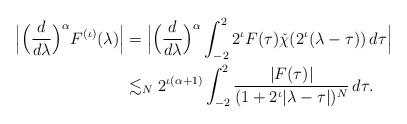
LaTeX: \begin{align*}\Big|\Big(\frac{d}{d\lambda}\Big)^\alpha F^{(\iota)} (\lambda )\Big| & = \Big|\Big(\frac{d}{d\lambda}\Big)^\alpha \int_{-2}^2 2^\iota F(\tau) \check \chi(2^\iota(\lambda-\tau))\, d\tau \Big| \\ & \lesssim_N 2^{\iota(\alpha+1)} \int_{-2}^2 \frac{|F(\tau)|}{(1+2^\iota|\lambda-\tau|)^N}\, d\tau. \end{align*}